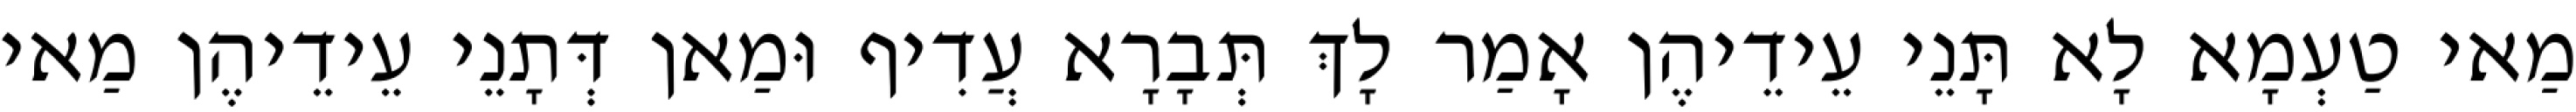
מַאי טַעְמָא לָא תָּנֵי עֵידֵיהֶן אָמַר לָךְ תְּבָרָא עֲדִיף וּמַאן דְּתָנֵי עֵידֵיהֶן מַאי